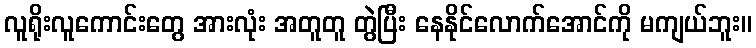
လူရိုးလူကောင်းတွေ အားလုံး အတူတူ တွဲပြီး နေနိုင်လောက်အောင်ကို မကျယ်ဘူး။